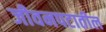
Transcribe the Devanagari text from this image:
जीवनपटातील